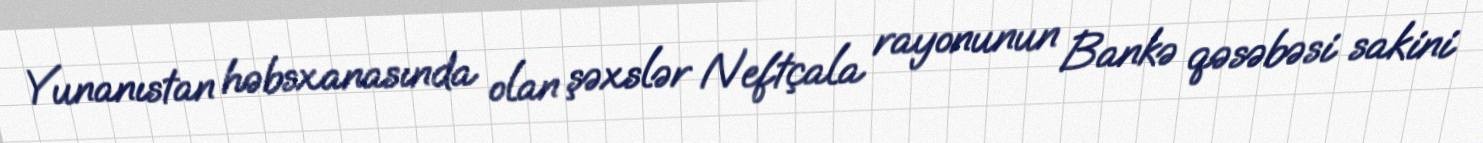
Yunanıstan həbsxanasında olan şəxslər Neftçala rayonunun Bankə qəsəbəsi sakini